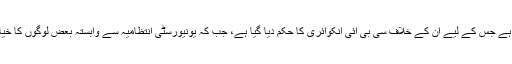
وائس چانسلر کے اوپر یونیورسٹی کے فنڈ کا غلط استعمال کرنے کا الزام ہے جس کے لیے ان کے خلاف سی بی آئی انکوائری کا حکم دیا گیا ہے، جب کہ یونیورسٹی انتظامیہ سے وابستہ بعض لوگوں کا خیال ہے کہ یونیورسٹی فنڈ کا چاہ کر بھی غلط استعمال نہیں کیا جاسکتا ہے۔